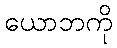
ယောဘကို